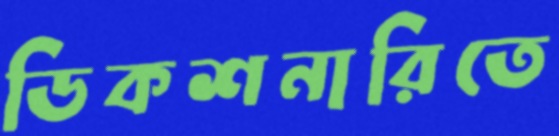
ডিকশনারিতে